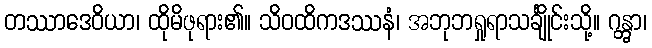
တဿာဒေဝိယာ၊ ထိုမိဖုရား၏။ သိဝထိကဒဿနံ၊ အဘုဘရှုရာသင်္ချိုင်းသို့။ ဂန္တွာ၊